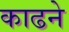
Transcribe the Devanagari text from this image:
काढने